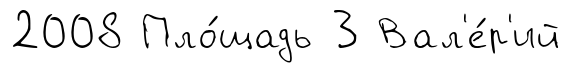
2008 Пло́щадь 3 Вал'е́р'ий